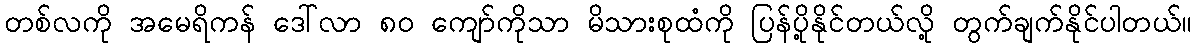
တစ်လကို အမေရိကန် ဒေါ်လာ ၈၀ ကျော်ကိုသာ မိသားစုထံကို ပြန်ပို့နိုင်တယ်လို့ တွက်ချက်နိုင်ပါတယ်။